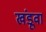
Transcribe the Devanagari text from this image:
खंडूवा